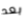
بعد